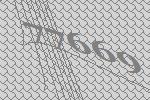
77669